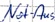
Text: Not-Aus